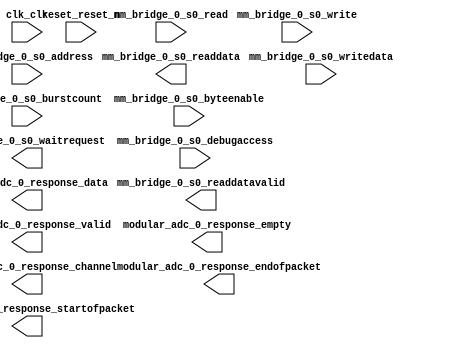

module ADC (
	clk_clk,
	reset_reset_n,
	mm_bridge_0_s0_waitrequest,
	mm_bridge_0_s0_readdata,
	mm_bridge_0_s0_readdatavalid,
	mm_bridge_0_s0_burstcount,
	mm_bridge_0_s0_writedata,
	mm_bridge_0_s0_address,
	mm_bridge_0_s0_write,
	mm_bridge_0_s0_read,
	mm_bridge_0_s0_byteenable,
	mm_bridge_0_s0_debugaccess,
	modular_adc_0_response_valid,
	modular_adc_0_response_startofpacket,
	modular_adc_0_response_endofpacket,
	modular_adc_0_response_empty,
	modular_adc_0_response_channel,
	modular_adc_0_response_data);	

	input		clk_clk;
	input		reset_reset_n;
	output		mm_bridge_0_s0_waitrequest;
	output	[15:0]	mm_bridge_0_s0_readdata;
	output		mm_bridge_0_s0_readdatavalid;
	input	[0:0]	mm_bridge_0_s0_burstcount;
	input	[15:0]	mm_bridge_0_s0_writedata;
	input	[9:0]	mm_bridge_0_s0_address;
	input		mm_bridge_0_s0_write;
	input		mm_bridge_0_s0_read;
	input	[1:0]	mm_bridge_0_s0_byteenable;
	input		mm_bridge_0_s0_debugaccess;
	output		modular_adc_0_response_valid;
	output		modular_adc_0_response_startofpacket;
	output		modular_adc_0_response_endofpacket;
	output	[0:0]	modular_adc_0_response_empty;
	output	[4:0]	modular_adc_0_response_channel;
	output	[11:0]	modular_adc_0_response_data;
endmodule